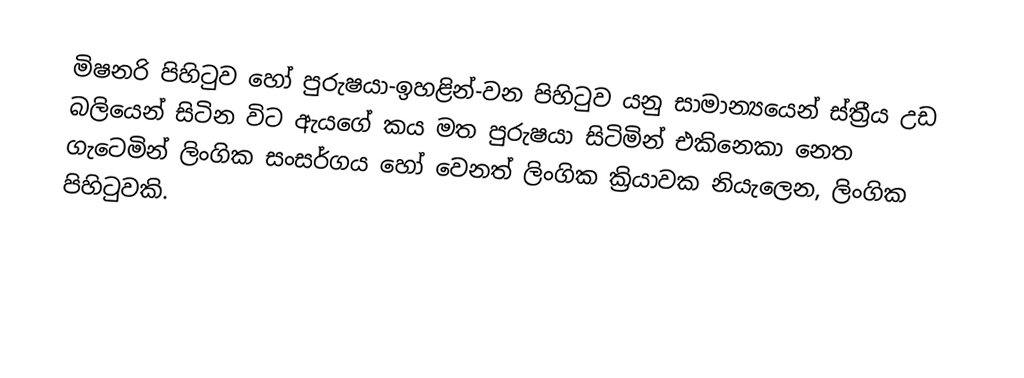
මිෂනරි පිහිටුව හෝ පුරුෂයා-ඉහළින්-වන පිහිටුව යනු සාමාන්‍යයෙන්  ස්ත්‍රීය උඩ බලියෙන් සිටින විට ඇයගේ කය මත පුරුෂයා සිටිමින් එකිනෙකා නෙත ගැටෙමින් ලිංගික සංසර්ගය හෝ වෙනත් ලිංගික ක්‍රියාවක නියැලෙන, ලිංගික පිහිටුවකි.